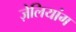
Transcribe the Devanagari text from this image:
ज़ेलियांग